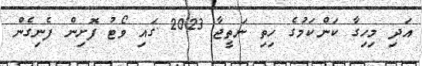
އަދި މިހިގާ ކަންކަމުގެ ހިތި ނަތީޖާ 2023 ގައި ވޯޓު ފޮށިން ފެނިގެން